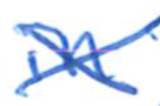
Text: in
Cross-out: mix
Writing tool: ballpoint